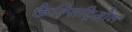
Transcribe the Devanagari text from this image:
कैल्सिट्रिओल